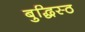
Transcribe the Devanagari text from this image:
बुद्धिस्ठ